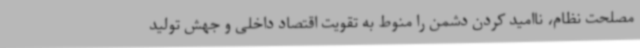
مصلحت نظام، ناامید کردن دشمن را منوط به تقویت اقتصاد داخلی و جهش تولید